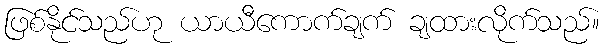
ဖြစ်နိုင်သည်ဟု ယာယီကောက်ချက် ချထားလိုက်သည်။